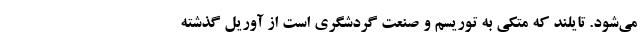
می‌شود. تایلند که متکی به توریسم و صنعت گردشگری است از آوریل گذشته